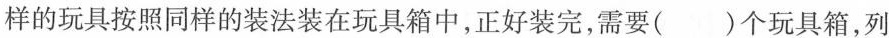
样的玩具按照同样的装法装在玩具箱中，正好装完，需要( )个玩具箱，列